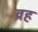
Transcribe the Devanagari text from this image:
व्रह